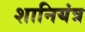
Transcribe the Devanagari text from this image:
शानियंत्र